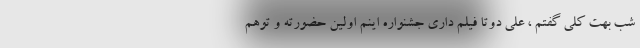
شب بهت کلى گفتم ، على دوتا فیلم دارى جشنواره اینم اولین حضورته و توهم